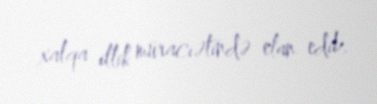
xalqa illik müraciətində elan edib.